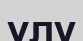
ұлу